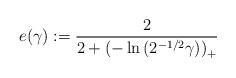
LaTeX: \begin{align*}e(\gamma) := \frac{2}{2+\left(-\ln\left(2^{-1/2}\gamma\right)\right)_+}\end{align*}